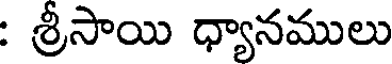
: శ్రీసాయి ధ్యానములు